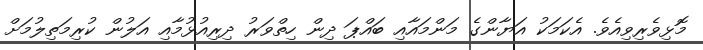
މޮޅިވެރިވިއެވެ. އެކަމަކު އަޔާންގެ މަންމައާއި ބައްޕަ ދިން ހިތްވަރު ދިރިއުޅުމާއި އަލުން ކުރިމަތިލުމަށް